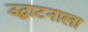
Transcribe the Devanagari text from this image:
उद्घाटनाला